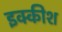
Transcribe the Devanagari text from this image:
इक्कीश